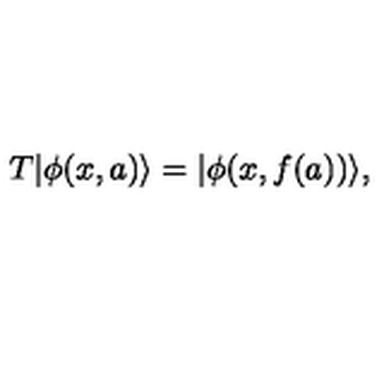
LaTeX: T | \phi ( x , a ) \rangle = | \phi ( x , f ( a ) ) \rangle ,